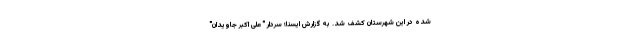
شده در این شهرستان کشف شد. به گزارش ایسنا؛ سردار "علی اکبر جاویدان"